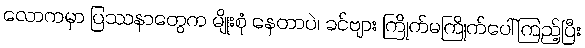
လောကမှာ ပြဿနာတွေက မျိုးစုံ နေတာပဲ၊ ခင်ဗျား ကြိုက်မကြိုက်ပေါ်ကြည့်ပြီး